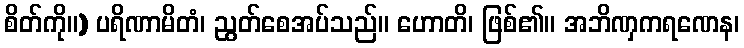
စိတ်ကို။) ပရိဏာမိတံ၊ ညွတ်စေအပ်သည်။ ဟောတိ၊ ဖြစ်၏။ အဘိဏှကရဏေန၊